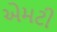
એમટી